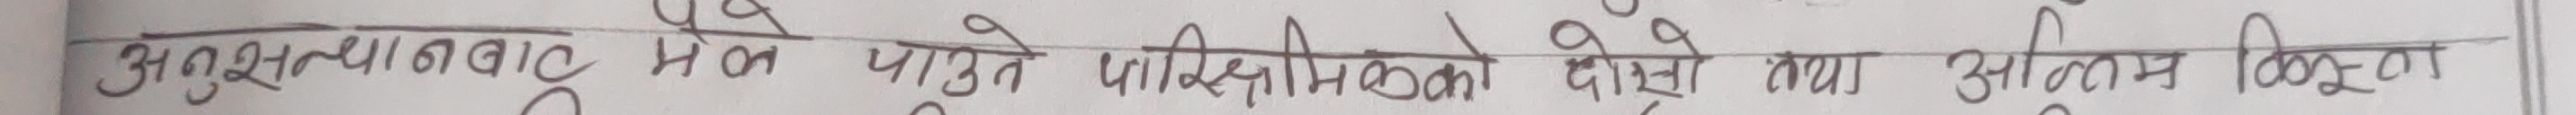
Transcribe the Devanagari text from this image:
अनुशासनवाद मे पाउने परिक्षामा दोस्रो तया अन्तिम किता